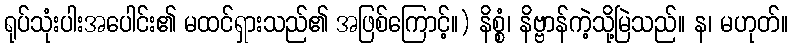
ရုပ်သုံးပါးအပေါင်း၏ မထင်ရှားသည်၏ အဖြစ်ကြောင့်။) နိစ္စံ၊ နိဗ္ဗာန်ကဲ့သို့မြဲသည်။ န၊ မဟုတ်။